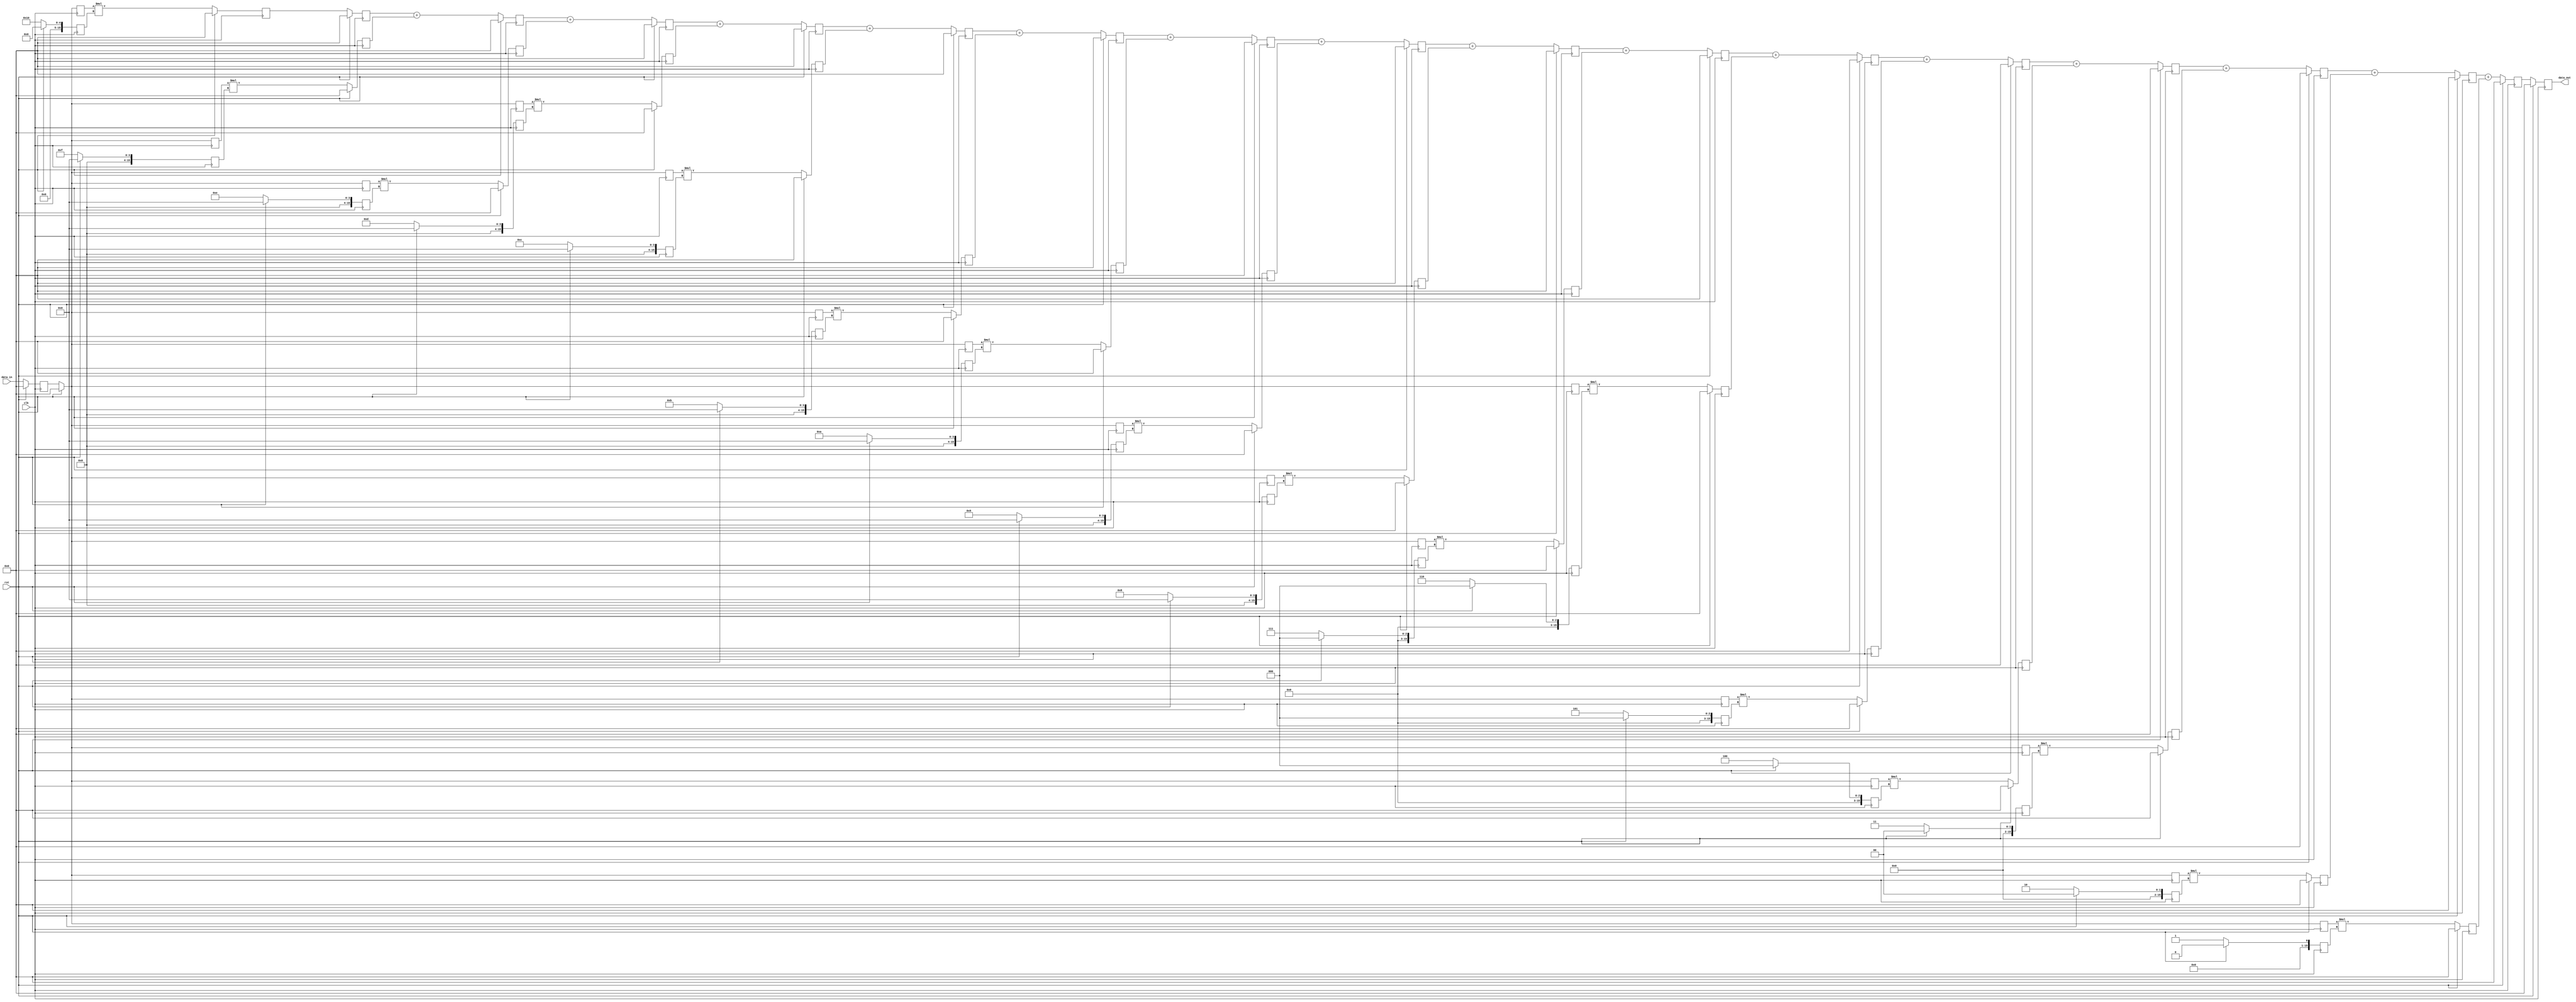
module TOP_FIR(clk, rst, data_in, data_out);
input clk, rst;
input [15:0] data_in;
output [15:0] data_out;

reg [15:0] data_out;

reg [15:0] xn [(2*FIR_tap-1):0]; // 앞의 15:0크기 배열이 16개있음
wire [15:0] yn;
reg [30:0] prod [(FIR_tap-1):0];
reg [30:0] mac [(FIR_tap-1):0];
reg [15:0] b[(FIR_tap-1):0];

reg [15:0] coef_count;

reg [15:0] coefficient_addr_in;                                                                                                                                      
wire [15:0] coefficient_out;

parameter FIR_tap = 16;

always @ (posedge clk)
begin
	if(rst == 1)
		begin
		for(i=0; i<=FIR_tap; i=i+1)
			b[i] = 0;
		end
	else
		begin
			b[0] = 16'd0001;
			b[1] = 16'd0002;
			b[2] = 16'd0003;
			b[3] = 16'd0004;
			b[4] = 16'd0005;
			b[5] = 16'd0006;
			b[6] = 16'd0007;
			b[7] = 16'd0008;
			b[8] = 16'd0009;
			b[9] = 16'd0010;
			b[10] = 16'd0011;
			b[11] = 16'd0012;
			b[12] = 16'd0013;
			b[13] = 16'd0014;
			b[14] = 16'd0015;
			b[15] = 16'd0016;
		end
end
		
integer i;

always @ (posedge clk)
begin
	if(rst == 1)
		begin
			for(i=0; i<=(2*FIR_tap-1); i=i+1)
				xn[i] = 0;
		end
	else
		begin
			xn[0] <= data_in;
			for(i=0; i<=(2*FIR_tap-1); i= i+1)
				begin
					xn[i+1] = xn[i];
				end
		end
end

always @ (posedge clk)
begin
	if(rst == 1)
		begin
			for(i=0; i<=(FIR_tap-1); i=i+1)
				prod[i] = 0;
		end
	else
		begin
			prod[0] <= xn[1] * b[15];
			prod[1] <= xn[3] * b[14];
			prod[2] <= xn[5] * b[13];
			prod[3] <= xn[7] * b[12];
			prod[4] <= xn[9] * b[11];
			prod[5] <= xn[11] * b[10];
			prod[6] <= xn[13] * b[9];
			prod[7] <= xn[15] * b[8];
			prod[8] <= xn[17] * b[7];
			prod[9] <= xn[19] * b[6];
			prod[10] <= xn[21] * b[5];
			prod[11] <= xn[23] * b[4];
			prod[12] <= xn[25] * b[3];
			prod[13] <= xn[27] * b[2];
			prod[14] <= xn[29] * b[1];
			prod[15] <= xn[31] * b[0];
		end
end

always @ (posedge clk)
begin
	if(rst==1)
		begin
			for(i=0; i<=(FIR_tap-1); i=i+1)
				mac[i] = 0;
		end
	else
		begin
			mac[0] <= prod[0];
			
			for(i=1; i<=(FIR_tap-1); i=i+1)
				mac[i] <= mac[i-1] + prod[i];
		end
end

assign yn = mac[15];

always @ (posedge clk)
begin
	if(rst == 1)
		begin
			data_out[15:0] = 0;
		end
	else
		begin
			data_out <= yn[15:0];
		end
end

endmodule